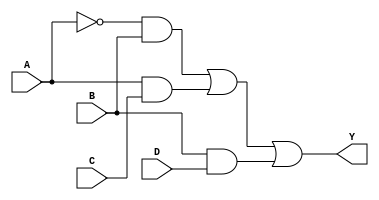
module sop_simplification (
    input wire A,  // Input variable A
    input wire B,  // Input variable B
    input wire C,  // Input variable C
    input wire D,  // Input variable D
    output wire Y  // Output Y
);
    // Intermediate signals for product terms
    wire A_not;     // NOT A
    wire A_not_B;   // A'B
    wire A_C;       // AC
    wire B_D;       // BD

    // NOT gate implementation for A
    assign A_not = ~A;

    // Product terms
    assign A_not_B = A_not & B;  // A'B
    assign A_C = A & C;          // AC
    assign B_D = B & D;          // BD

    // OR gate to combine product terms
    assign Y = A_not_B | A_C | B_D; // Y = A'B + AC + BD

endmodule